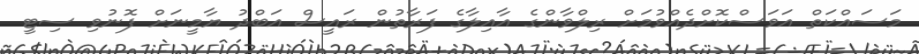
މަސައްކަތް އަވަސްކޮށްދެއްވުމަށް ރިލްވާންގެ އާއިލާގެ ފަރާތުން ރައީސް އަބްދު ޔާމީނަށް ފޮނުވި ސިޓީ